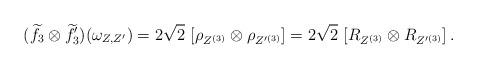
LaTeX: \begin{align*}(\widetilde f_3\otimes\widetilde f'_3)(\omega_{Z,Z'})= 2\sqrt 2\,\left[\rho_{Z^{(3)}}\otimes\rho_{Z'^{(3)}} \right]= 2\sqrt 2\,\left[R_{Z^{(3)}}\otimes R_{Z'^{(3)}} \right].\end{align*}